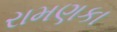
રામણકા